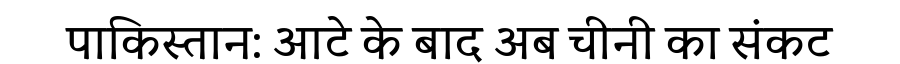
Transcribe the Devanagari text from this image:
पाकिस्तान: आटे के बाद अब चीनी का संकट